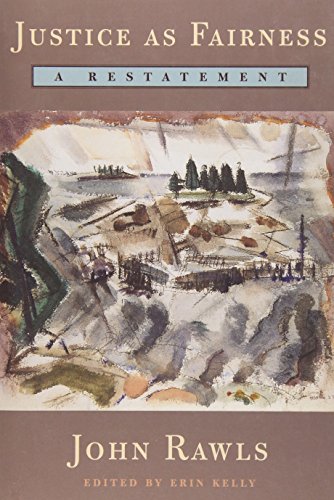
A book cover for Justice as Fairness: A Restatement; John Rawls; Law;